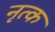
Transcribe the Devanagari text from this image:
नृत्क